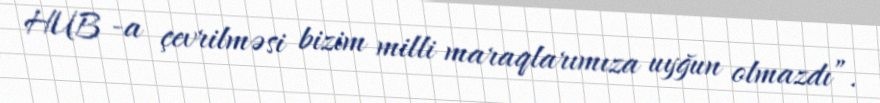
HUB -a çevrilməsi bizim milli maraqlarımıza uyğun olmazdı”.